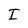
Character: I